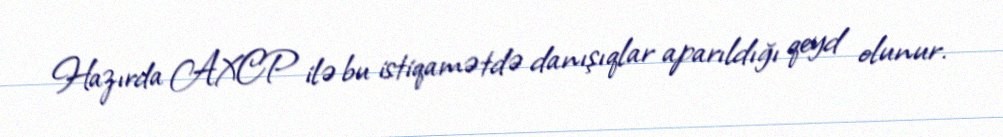
Hazırda AXCP ilə bu istiqamətdə danışıqlar aparıldığı qeyd olunur.